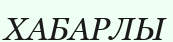
ХАБАРЛЫ